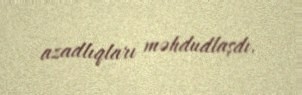
azadlıqları məhdudlaşdı.